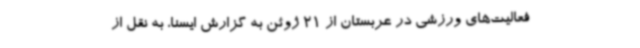
فعالیت‌های ورزشی در عربستان از 21 ژوئن به گزارش ایسنا، به نقل از